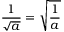
{ \frac { 1 } { \sqrt { a } } } = { \sqrt { \frac { 1 } { a } } }